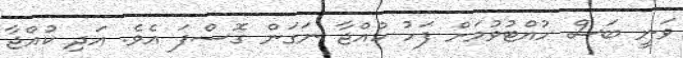
ވަނީ ބަސް ހުއްޓުވުމަށް ފަހު ކުއްޖާ ނަގަން ގޮސްފަ އެވެ. އަދި ކުއްޖާ